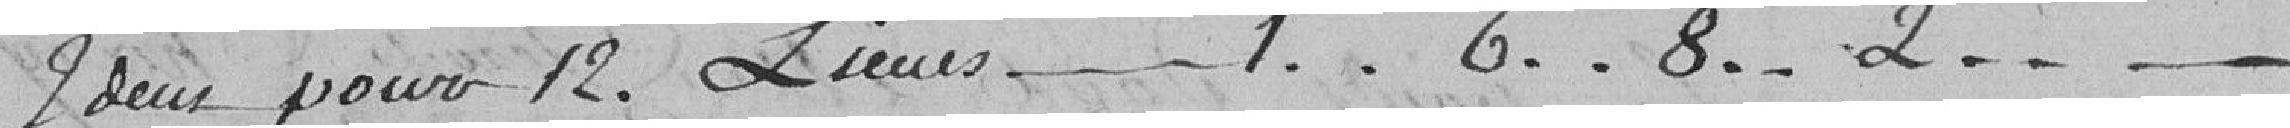
Idem pour 12 lieues....1..6..8..2....